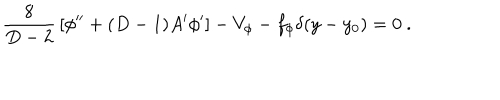
{ \frac { 8 } { D - 2 } } \left[ \phi ^ { \prime \prime } + ( D - 1 ) A ^ { \prime } \phi ^ { \prime } \right] - V _ { \phi } - f _ { \phi } \delta ( y - y _ { 0 } ) = 0 ~ .